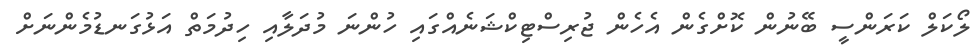
ލޯކަލް ކަރަންސީ ބޭނުން ކޮށްގެން އެހެން ޖުރިސްޓިކްޝަނެއްގައި ހުންނަ މުދަލާއި ހިދުމަތް އަޅުގަނޑުމެންނަށް